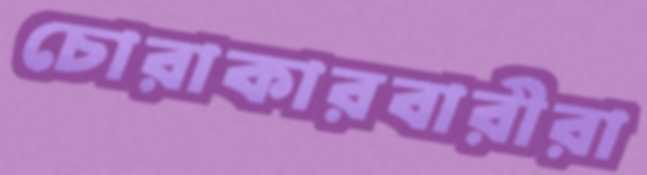
চোরাকারবারীরা